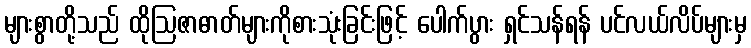
များစွာတို့သည် ထိုဩဇာဓာတ်များကိုစားသုံးခြင်းဖြင့် ပေါက်ပွား ရှင်သန်ရန် ပင်လယ်လိပ်များမှ